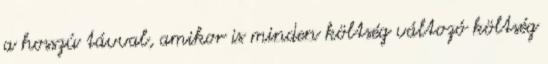
a hosszú távval, amikor is minden költség változó költség